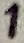
Text: 1